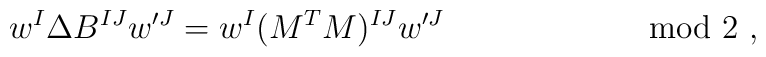
w^I \Delta B^{IJ} w'^J = w^I (M^{T}M)^{IJ} w'^J                         \qquad \qquad \qquad \; \mbox{mod\ 2}\ ,